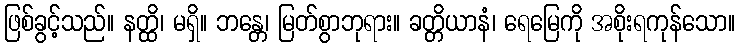
ဖြစ်ခွင့်သည်။ နတ္ထိ၊ မရှိ။ ဘန္တေ၊ မြတ်စွာဘုရား။ ခတ္တိယာနံ၊ ရေမြေကို အစိုးရကုန်သော။